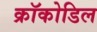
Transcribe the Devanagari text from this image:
क्रॉकोडिल